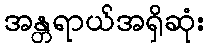
အန္တရာယ်အရှိဆုံး